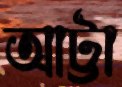
আট্টা